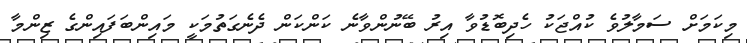
މިކަމަށް ސަމާލުވެ ކުއްޖަކު ހެދިބޮޑުވާ އިރު ބޭނުންވާނެ ކަންކަން ދެނެގަތުމަކީ މައިންބަފައިންގެ ޒިންމާ